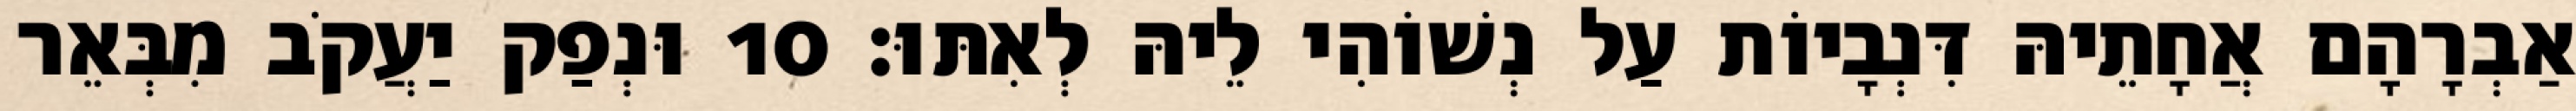
אַבְרָהָם אֲחָתֵיהּ דִּנְבָיוֹת עַל נְשׁוֹהִי לֵיהּ לְאִתּוּ׃ 10 וּנְפַק יַעֲקֹב מִבְּאֵר